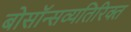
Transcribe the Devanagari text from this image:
बोसॉन्सव्यतिरिक्त